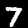
Label: 7